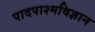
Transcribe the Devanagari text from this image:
पादपाश्मविज्ञान